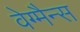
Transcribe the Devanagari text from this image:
वेग्मैन्स